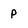
Character: p